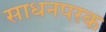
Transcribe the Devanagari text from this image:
साधनपरक